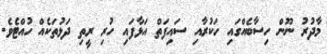
މާދުރު ނޫން ހިސާބެއްގައި ހަކުރާއި ސައިފަތް އަޅާފައި ހުރި ރީތި ދަޅުތަކެއް ހުއްޓެވެ.